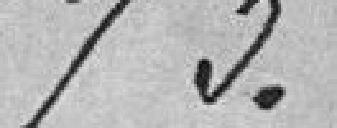
73